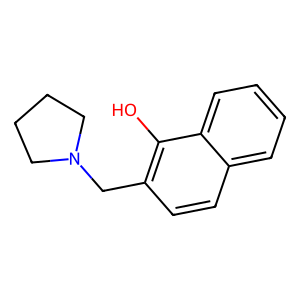
SMILES: Oc1c(CN2CCCC2)ccc2ccccc12
Inhibits HIV replication: No